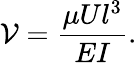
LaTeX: \mathcal{V}=\frac{\mu Ul^{3}}{EI}.